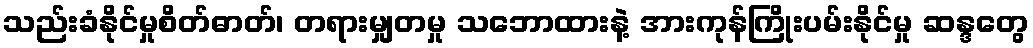
သည်းခံနိုင်မှုစိတ်ဓာတ်၊ တရားမျှတမှု သဘောထားနဲ့ အားကုန်ကြိုးပမ်းနိုင်မှု ဆန္ဒတွေ